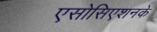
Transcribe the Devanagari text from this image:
एसोसिएशनके